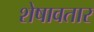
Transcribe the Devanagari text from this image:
शेषावतार